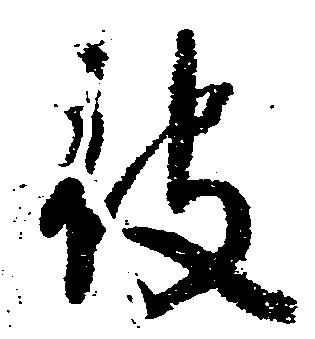
被